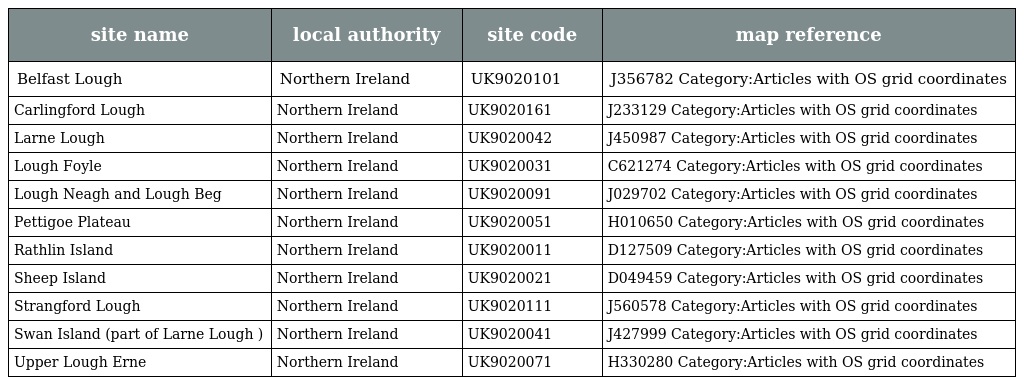
| site name | local authority | site code | map reference |
 | --- | --- | --- | --- |
 | Belfast Lough | Northern Ireland | UK9020101 | J356782 Category:Articles with OS grid coordinates |
 | Carlingford Lough | Northern Ireland | UK9020161 | J233129 Category:Articles with OS grid coordinates |
 | Larne Lough | Northern Ireland | UK9020042 | J450987 Category:Articles with OS grid coordinates |
 | Lough Foyle | Northern Ireland | UK9020031 | C621274 Category:Articles with OS grid coordinates |
 | Lough Neagh and Lough Beg | Northern Ireland | UK9020091 | J029702 Category:Articles with OS grid coordinates |
 | Pettigoe Plateau | Northern Ireland | UK9020051 | H010650 Category:Articles with OS grid coordinates |
 | Rathlin Island | Northern Ireland | UK9020011 | D127509 Category:Articles with OS grid coordinates |
 | Sheep Island | Northern Ireland | UK9020021 | D049459 Category:Articles with OS grid coordinates |
 | Strangford Lough | Northern Ireland | UK9020111 | J560578 Category:Articles with OS grid coordinates |
 | Swan Island (part of Larne Lough ) | Northern Ireland | UK9020041 | J427999 Category:Articles with OS grid coordinates |
 | Upper Lough Erne | Northern Ireland | UK9020071 | H330280 Category:Articles with OS grid coordinates |